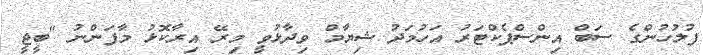
ފުލުހުންގެ ސަބް އިންސްޕެކްޓަރު އަހުމަދު ޝިޔާމް ވިދާޅުވީ މިރޭ އިރާކޮޅު މާފަންނު "ބީޖީ